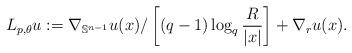
LaTeX: \begin{align*}L_{p,\theta}u:=\nabla_{\mathbb{S}^{n-1}}u(x)\slash\left[(q-1)\log_{q}\frac{R}{|x|}\right]+\nabla_r u(x).\end{align*}